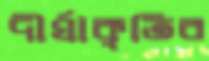
দীর্ঘাকৃতির